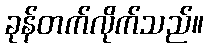
ခုန်တက်လိုက်သည်။